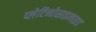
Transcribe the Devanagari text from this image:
प्लेटिनोसाइनाइड